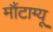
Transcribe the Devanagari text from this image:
मौंटाग्यू